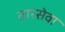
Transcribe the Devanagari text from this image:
तारसेवा